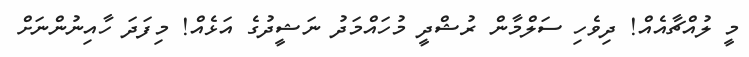
މީ ލުއްޗާއެއް! ދިވެހި ސަލްމާން ރުޝްދީ މުހައްމަދު ނަޝީދުގެ އަޅެއް! މިފަދަ ހާއިނުންނަށް